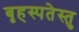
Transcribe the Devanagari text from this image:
बृहस्पतेस्तु